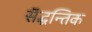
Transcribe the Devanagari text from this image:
सॅद्धन्तिक